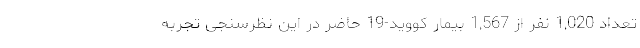
تعداد 1,020 نفر از 1,567 بیمار کووید-19 حاضر در این نظرسنجی تجربه